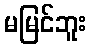
မမြင်ဘူး